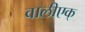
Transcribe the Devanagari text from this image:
वालीएक्